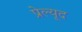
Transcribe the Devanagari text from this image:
प्रेल्यूद